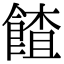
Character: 餷